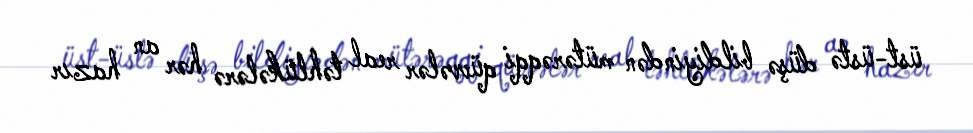
üst-üstə düşə bildiyindən mütərəqqi qüvvələr real təhlükələrə hər an hazır